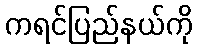
ကရင်ပြည်နယ်ကို